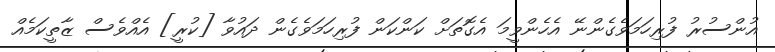
އުންސުރު ފުރިހަމަވެގެންނޭ އެހެންވީމަ އެގޮތަށް ކަންކަން ފުރިހަމަވެގެން ދައުވާ [ކުރީ] އެއްވެސް ޒާތީކަމެއް